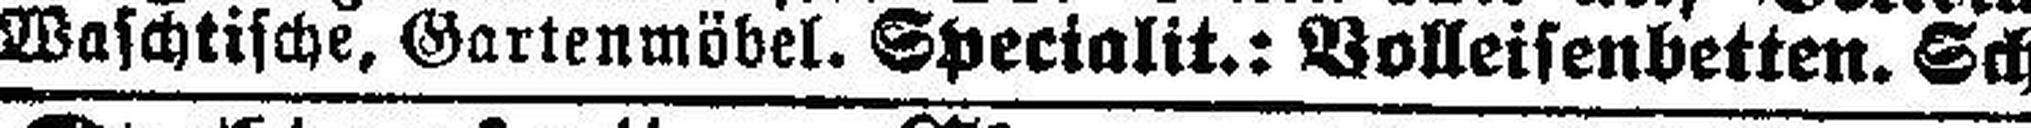
Waschtische, Gartenmöbel. Specialit.: Volleisenbetten. Schutz gege. Ungeziefer.